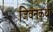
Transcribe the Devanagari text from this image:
जिवनकथा